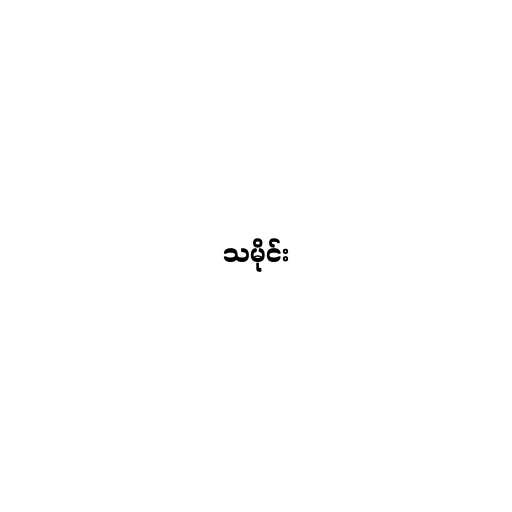
သမိုင်း